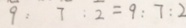
9 : 7 : 2 = 9 : 7 : 2